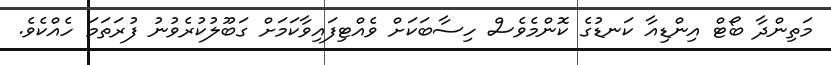
މަތިންދާ ބޯޓް އިންޑިއާ ކަނޑުގެ ކޮންމެވެސް ހިސާބަކަށް ވެއްޓިފައިވާކަމަށް ގަބޫލުކުރެވުނު ފުރަތަމަ ހެއްކެވެ.